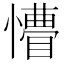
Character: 𭟆